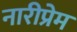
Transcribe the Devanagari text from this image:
नारीप्रेम